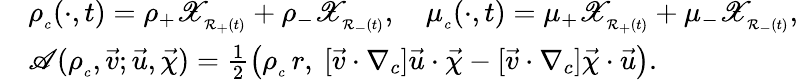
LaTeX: \begin{array}{rl}&{\rho_{_c}(\cdot,t)=\rho_{+}\mathscr{X}_{_{\mathcal{R}_{+}(t)}}+\rho_{-}\mathscr{X}_{_{\mathcal{R}_{-}(t)}},\quad\mu_{_c}(\cdot,t)=\mu_{+}\mathscr{X}_{_{\mathcal{R}_{+}(t)}}+\mu_{-}\mathscr{X}_{_{\mathcal{R}_{-}(t)}},}\\ &{\mathscr{A}(\rho_{_c},\vec{v};\vec{u},\vec{\chi})=\frac{1}{2}\bigl(\rho_{_c}\, r,~[\vec{v}\cdot\nabla_{c}]\vec{u}\cdot\vec{\chi}-[\vec{v}\cdot\nabla_{c}]\vec{\chi}\cdot\vec{u}\bigr).}\end{array}